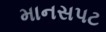
માનસપટ